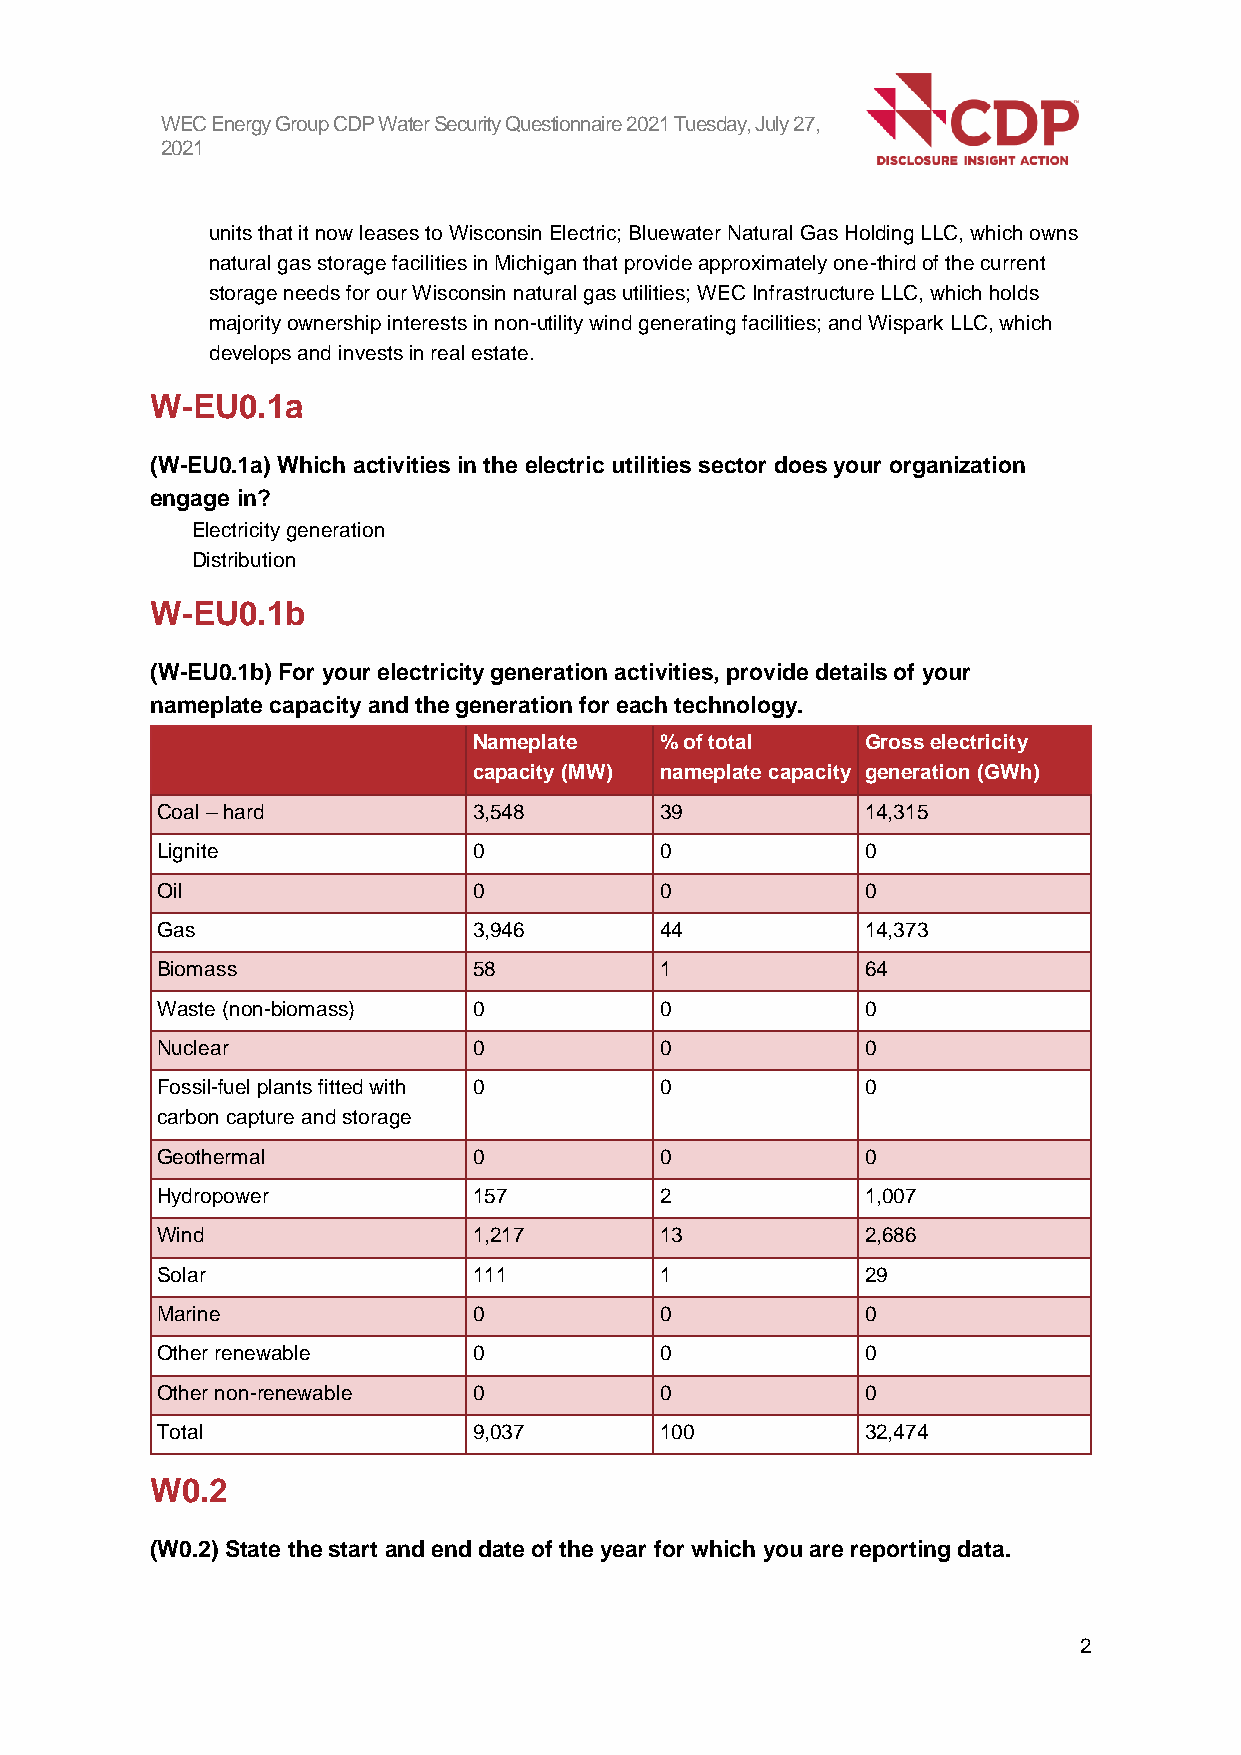
WEC Energy Group CDP Water Security Questionnaire 2021 Tuesday, July 27,
 2021
 units that it now leases to Wisconsin Electric; Bluewater Natural Gas Holding LLC, which owns
 natural gas storage facilities in Michigan that provide approximately one-third of the current
 storage needs for our Wisconsin natural gas utilities; WEC Infrastructure LLC, which holds
 majority ownership interests in non-utility wind generating facilities; and Wispark LLC, which
 develops and invests in real estate.
 W-EU0.1a
 (W-EU0.1a) Which activities in the electric utilities sector does your organization
 engage in?
 Electricity generation
 Distribution
 W-EU0.1b
 (W-EU0.1b) For your electricity generation activities, provide details of your
 nameplate capacity and the generation for each technology.
 Nameplate    % of total   Gross electricity
 capacity (MW) nameplate capacity generation (GWh)
 Coal – hard          3,548        39           14,315
 Lignite              0            0            0
 Oil                  0            0            0
 Gas                  3,946        44           14,373
 Biomass              58           1            64
 Waste (non-biomass)  0            0            0
 Nuclear              0            0            0
 Fossil-fuel plants fitted with 0  0            0
 carbon capture and storage
 Geothermal           0            0            0
 Hydropower           157          2            1,007
 Wind                 1,217        13           2,686
 Solar                111          1            29
 Marine               0            0            0
 Other renewable      0            0            0
 Other non-renewable  0            0            0
 Total                9,037        100          32,474
 W0.2
 (W0.2) State the start and end date of the year for which you are reporting data.
 2